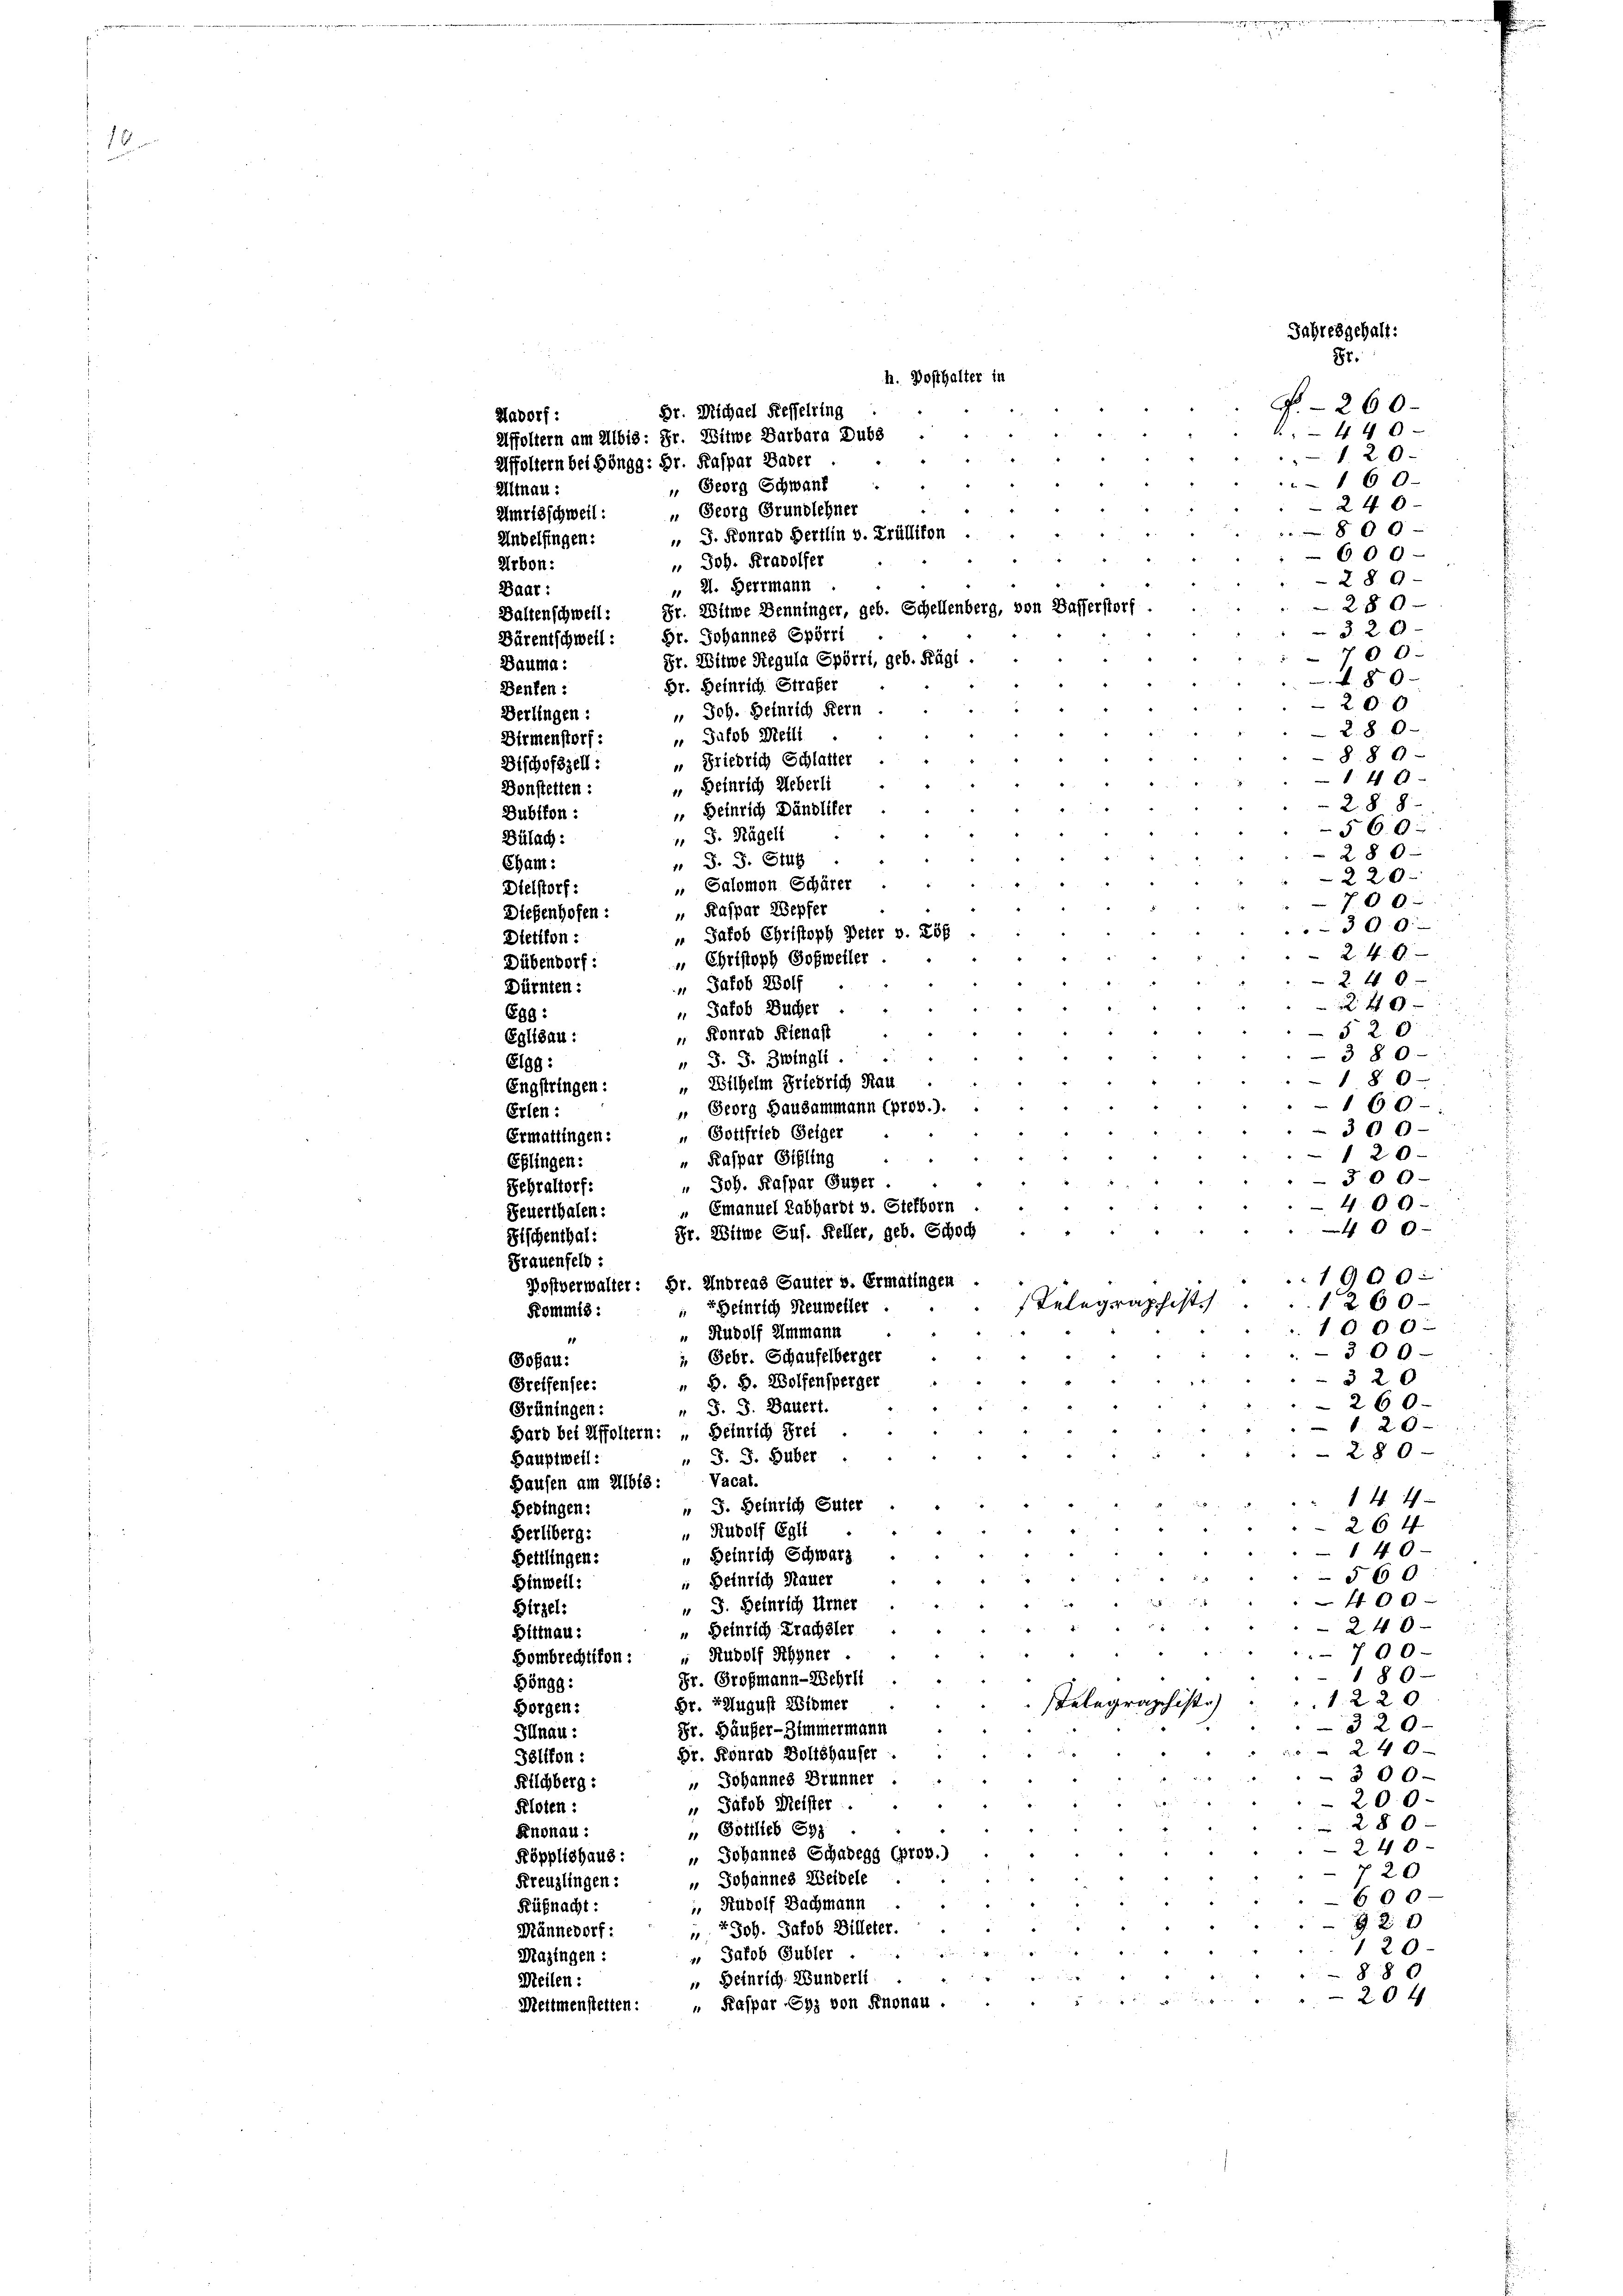
F. 260.
Dr. Michael Fesselring
440
120.
16 0
 Georg Schwanf
24 x
 Georg Grundlehner
800
" J. Konrad Hertlin v. Trüllikon
609
 Joh. Kradolfer
289
„ 2. Herrmann
280
Ballenschweil: Hr. Witwe Denninger, geb. Schellenberg, vo
320
700
Fr. Witwe Regula Spörri, geb. Fägi.
480.
Dr. Heinrich Strafer
200
 Joh. Heinrich Kern
2.80
 Jakob Meili
8. 89
 Friedrich Schlafter
140
 Heinrich Ueberli
2.88
 Heinrich Dändliker
560:
 J. Nägel
Bülach:
280-
" J. J. Stu
Cham:
220
 Salomon Schärer
Dielstorf:
700
„ Kaspar Wepfer
Dießenhofen:

300
 Jakob Christoph Peter v. 206
Dietikon:
2.40
u Christoph Goßweiler .
Dübendorf:
2 f 0
 Jakob Wolf.
Dürnten:
 40 x
 Jakob Bucher.
639:
.
§ 20
 Konrad Kienast
Eglisau:
380
 S. S. Zwingli
Elgg:
189
„ Wilhelm Friedrich Hau
Engstringen:
160
 Georg Hausammann (prov.).
Erlen:
300
" Gottfried Geiger
Ermattingen:
120
" Kaspar Gilling
Eflingen:
300
 Joh. Kaspar Guger
Sehraltorf:
400
„ Emanuel Labhardt v. Stefborn
Feuerthalen:
48 x
Fr. Witwe Sus. Keller, geb. Schoch
Fischenthal:
Frauenfeld:
1900:
Postverwalter: Dr. Andreas Sauter v. Ermatingen
260—
t Heinrich Neuweller
Kommis
1000
“ Rudolf Ammann
.
300-
 Febr. Schaufelberger
Sosau:
3 20
 B. G. Wolfensperger
Greifensee.
260.
" J. J. Bauert.
Grüningen:
120
Bard bei Affoltern: „Beinrich Frei
280—
 J. J. Huber
Hauptweil:
Vacat.
Hausen am 21618:
144
" J. Heinrich Güter
Bedingen:
264
" Rudolf Egli
Herlberg:
140—
 Heinrich Schwarz
Bettlingen:
560
 Deinrich Sauer
Hinweil:
400.
" J. Heinrich Urner
Hirzel:
240
" Heinrich Krachsler
Dittnau:
700.
Hombrechtikon: " Rudolf Rhyner
180
Fr. Großmann-Wehrli
Böngg:
1220
Gr. August Widmer
Borgen:
320
Sr. Häußer-Zimmermann
Illnau:
240
Dr. Konrad Boltshauser
Tölffon :
300
Kilchberg: " Johannes Brunner
200.
 Jakob Meister
Kloten :
280x
" Gottlieb Syz
Knonau:
240
Köpplishaus: „Johannes Schadens (prov.)
 20
Kreuzlingen: " Johannes Weibele
600
 Rudolf Nachmann
Küßnacht:
2 x
Männedorf: Joh. Jakob Billeter.
120
 Jakob Gubler
Mazingen :
880
“ Heinrich. Wunderli
Meilen:
20 x
Mettmenstetten: " Kaspar Eyz von Knonau.

Hadorf:
Affoltern am Albis: Fr. Witwe Barbara Dubs
Affoltern bei Höngg: Dr. Kaspar Bader
Altnau:
Umrisschweil:
Andelfingen:
Arbon:
Daar:
Bärentschweil: Hr. Johannes Spörri
Bauma:
Benten :
Berlingen:
Dirmenstorf:
Bischofszell:
Donstetten :
Bubikon:

h. Dosthalter in

Jahresgehalt:
87.

u